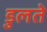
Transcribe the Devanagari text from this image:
डुलते